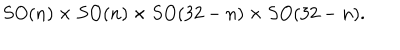
LaTeX: S O ( n ) \times S O ( n ) \times S O ( 3 2 - n ) \times S O ( 3 2 - n ) .